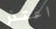
اعتذر